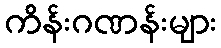
ကိန်းဂဏန်းများ